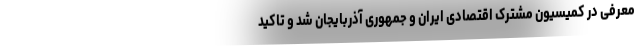
معرفی در کمیسیون مشترک اقتصادی ایران و جمهوری آذربایجان شد و تاکید